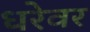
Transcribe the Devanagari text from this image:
धरेवर